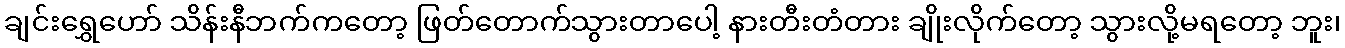
ချင်းရွှေဟော် သိန်းနီဘက်ကတော့ ဖြတ်တောက်သွားတာပေါ့ နားတီးတံတား ချိုးလိုက်တော့ သွားလို့မရတော့ ဘူး၊